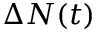
\Delta N ( t )